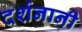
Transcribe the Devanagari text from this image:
दर्शनानी